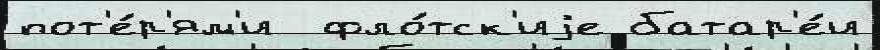
пот'е́р'ям'и  фло́тск'иjе батар'е́и